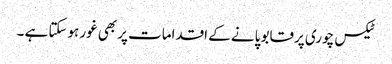
ٹیکس چوری پرقابو پانے کے اقدامات پربھی غور ہوسکتا ہے ۔